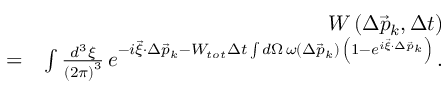
\begin{array} { r l r } & { } & { W \left( \Delta \vec { p } _ { k } , \Delta t \right) } \\ & { = } & { \int \frac { d ^ { 3 } \xi } { \left( 2 \pi \right) ^ { 3 } } \, e ^ { - i \vec { \xi } \cdot \Delta \vec { p } _ { k } - W _ { t o t } \Delta t \int d \Omega \, \omega \left( \Delta \vec { p } _ { k } \right) \, \left( 1 - e ^ { i \vec { \xi } \cdot \Delta \vec { p } _ { k } } \right) } \, . } \end{array}